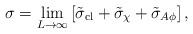
LaTeX: \begin{align*} \sigma= \lim_{L \rightarrow \infty} \left[ \tilde{\sigma}_{\rm cl}+ \tilde{\sigma}_{\chi}+\tilde{\sigma}_{A \phi} \right],\end{align*}